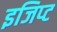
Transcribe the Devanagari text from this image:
इजिप्‍ट